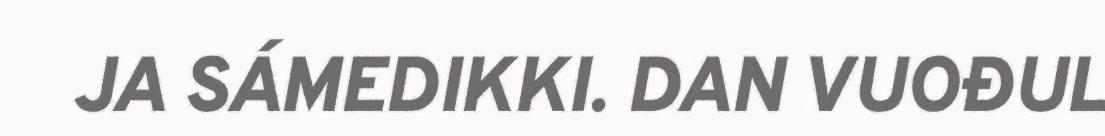
JA SÁMEDIKKI. DAN VUOĐUL